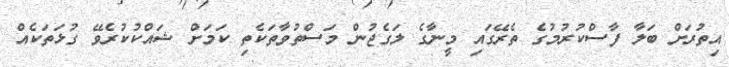
އިތުރަށް ބަލާ ފާސްކުރުމުގެ ތެރޭގައި މީނާގެ ލަގެޖުން މަސްތުވާތަކެތި ކަމަށް ޝައްކުކުރެވޭ ގުޅަތަކެއް